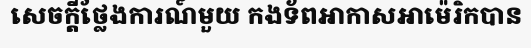
សេចក្តីថ្លែងការណ៍មួយ កងទ័ពអាកាសអាម៉េរិកបាន